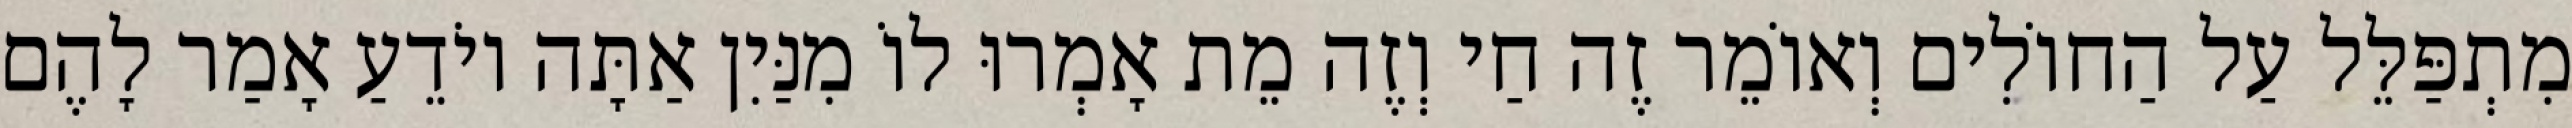
מִתְפַּלֵּל עַל הַחוֹלִים וְאוֹמֵר זֶה חַי וְזֶה מֵת אָמְרוּ לוֹ מִנַּיִן אַתָּה יוֹדֵעַ אָמַר לָהֶם